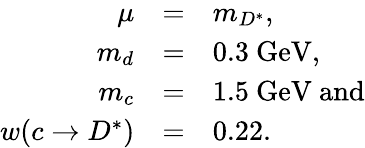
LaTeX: \begin{array}{rcl}{{\mu}}&{{=}}&{{m_{D^{*}},}}\\ {{m_{d}}}&{{=}}&{{0.3\ \mathrm{GeV},}}\\ {{m_{c}}}&{{=}}&{{1.5\ \mathrm{GeV}\ \mathrm{and}}}\\ {{w(c\to D^{*})}}&{{=}}&{{0.22.}}\end{array}